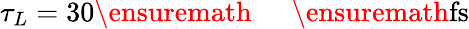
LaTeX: \tau_{L}=30\ensuremath{\mathrm{~\textrm~{~\, ~}~}}\ensuremath{\mathrm{fs}}